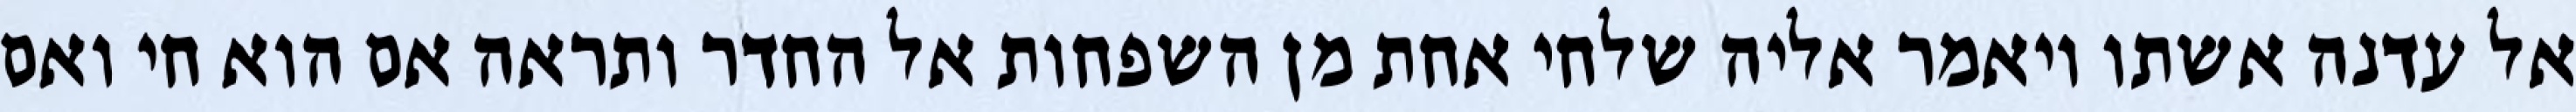
אל עדנה אשתו ויאמר אליה שלחי אחת מן השפחות אל החדר ותראה אם הוא חי ואם